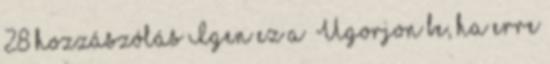
28 hozzászólás Igen ez a “Ugorjon be, ha erre